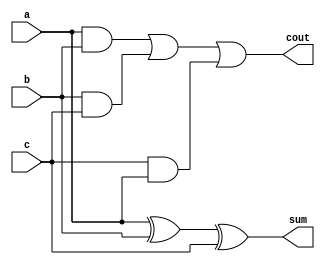
`timescale 1ns/1ps 
module FA(a,b,c,sum,cout);
input a,b,c;
output sum,cout;
assign sum = a ^ b ^ c;
assign cout = (a&b) | (b&c) | (c&a);
endmodule